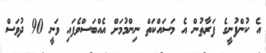
އެ ކުންފުނީގެ ފަރާތުން އެ މަސައްކަތް ނިންމުމަށް އެއްބަސްވެފައި ވަނީ 90 ދުވަސް